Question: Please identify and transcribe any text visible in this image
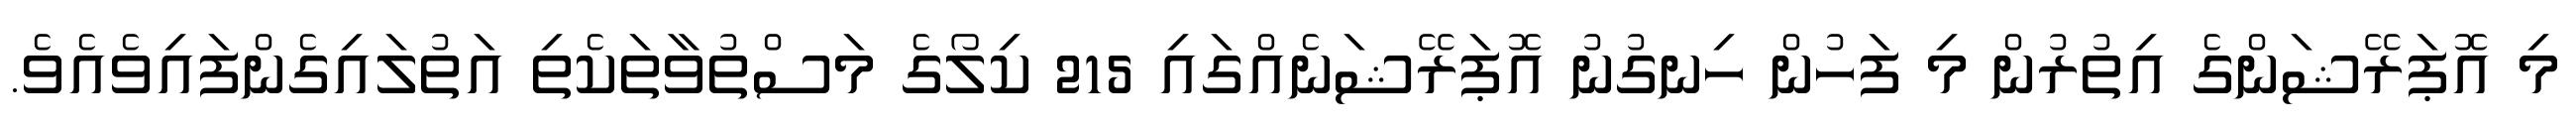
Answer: މި އޮޕަރޭޝަންގެ އިތުރުން މި ފަހުން ހިނގުނު އޮޕަރޭޝަނެއްގައި 215 ކިލޯގެ މަސްތުވާތަކެތި އަތުލައިގެންފައިވެއެވެ.